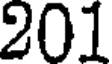
201